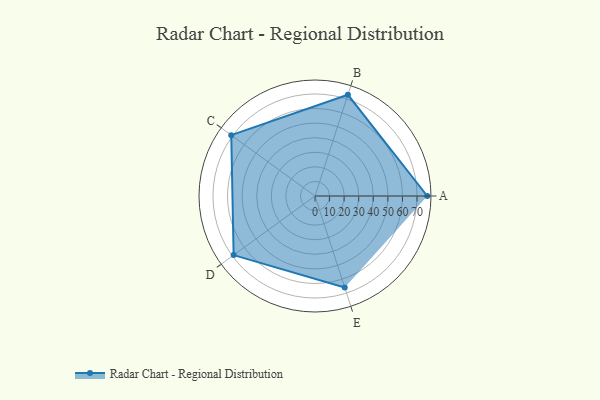
{"axis": {"x": "Skill", "y": "Score"}, "legend": ["Profile"], "data": [{"x": "A", "y": 77.0, "type": "Profile"}, {"x": "B", "y": 73.0, "type": "Profile"}, {"x": "C", "y": 71.0, "type": "Profile"}, {"x": "D", "y": 69.0, "type": "Profile"}, {"x": "E", "y": 66.0, "type": "Profile"}]}